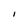
Character: I